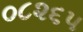
૦૮૨૬૫